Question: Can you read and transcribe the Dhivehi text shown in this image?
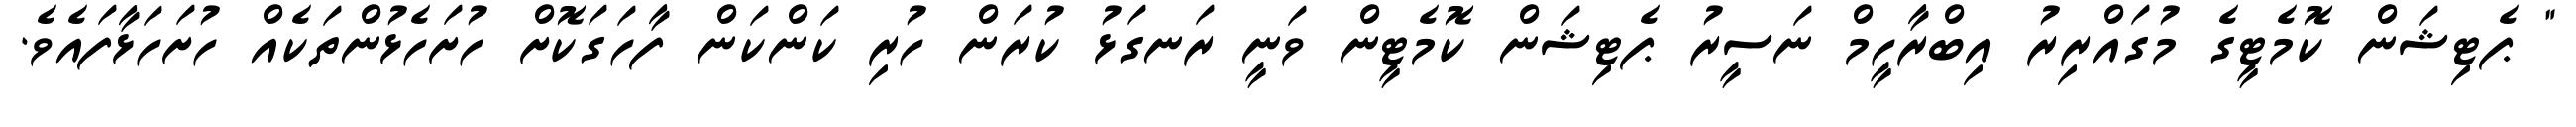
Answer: " ޕެޓިޝަން ކޮމެޓީގެ މުގައްރިރު އިބްރާހީމް ނަސީރު ޕެޓިޝަން ކޮމެޓީން ވަނީ ރަނގަޅު ކުރަން ހުރި ކަންކަން ފާހަގަކޮށް ހުށަހެޅުންތަކެއް ހުށަހަޅާފައެވެ.